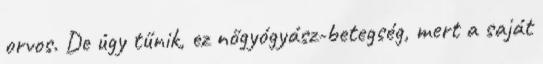
orvos. De úgy tűnik, ez nőgyógyász-betegség, mert a saját